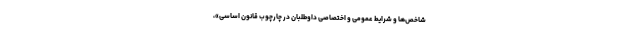
شاخص‌ها و شرایط عمومی و اختصاصی داوطلبان در چارچوب قانون اساسی»،